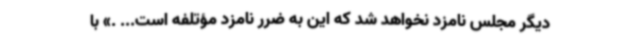
دیگر مجلس نامزد نخواهد شد که این به ضرر نامزد مؤتلفه است... .» با